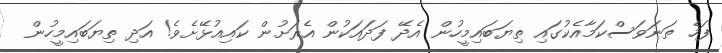
ފަހެ ތަނަވަސްކަމާއެކުގައި ތިޔަބައިމީހުން އެދޭ ފަދައަކުން އެރަށުން ކައިއުޅޭށެވެ! އަދި ތިޔަބައިމީހުން